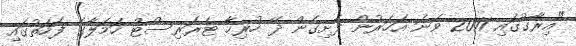
"އިރާގުގައި 2011 ވަނަ އަހަރުން ފެށިގެން ދޭ ހުރިހާ ޓެރަރިސްޓް ހަމަލާގެ ފަހަތުގައި